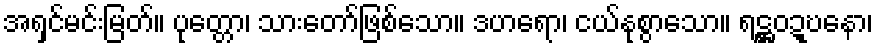
အရှင်မင်းမြတ်။ ပုတ္တော၊ သားတော်ဖြစ်သော။ ဒဟရော၊ ငယ်နုစွာသော။ ရဋ္ဌဝဍ္ဎနော၊